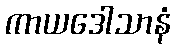
ကာယဒေါသာနံ